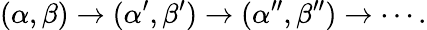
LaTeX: (\alpha,\beta)\to(\alpha^{\prime},\beta^{\prime})\to(\alpha^{\prime\prime},\beta^{\prime\prime})\to\cdots.